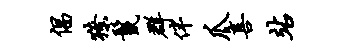
倡獠鬣群伴爪喜站